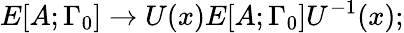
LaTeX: E[A;\Gamma_{0}]\rightarrow U(x)E[A;\Gamma_{0}]U^{-1}(x);